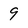
Character: 9